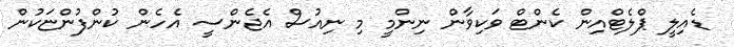
ޑެއިލީ ޕްލެޓްއިން ކެންޓް ވަކިވާން ނިންމީ މި ނިއުސް އެޖެންސީ އެހެން ކުންފުންޏަކުން